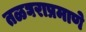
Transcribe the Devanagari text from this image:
तळघराप्रमाणे